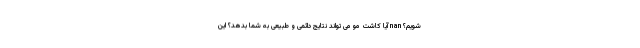
شویم؟ nan آیا کاشت مو می تواند نتایج دائمی و طبیعی به شما بدهد؟ این